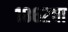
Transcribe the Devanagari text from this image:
१८६२चा